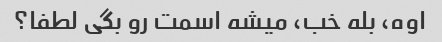
اوه، بله خب، میشه اسمت رو بگی لطفا؟